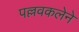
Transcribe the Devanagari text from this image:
पल्लवकलेने